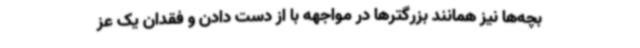
بچه‌ها نیز همانند بزرگترها در مواجهه با از دست دادن و فقدان یک عز